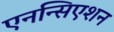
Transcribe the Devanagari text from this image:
एनन्सिएशन